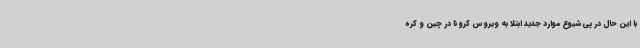
با این حال در پی شیوع موارد جدید ابتلا به ویروس کرونا در چین و کره